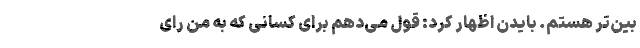
بین‌تر هستم. بایدن اظهار کرد: قول می‌دهم برای کسانی که به من رای